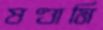
ষণ্ডামি